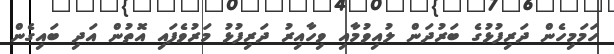
ހަމަމިހެން ދަރިފުޅުގެ ބަރުދަން ލުއިވުމާއި ވިހާއިރު ދަރިފުޅު މަރުވެފައި އޮތުން އަދި ބައިގެން